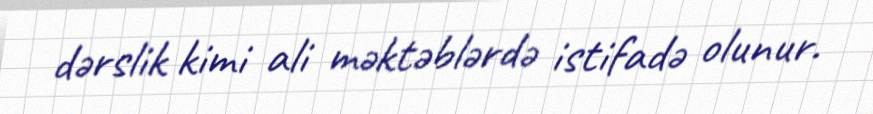
dərslik kimi ali məktəblərdə istifadə olunur.